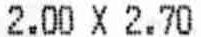
2.00 X 2.70